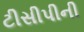
ટીસીપીની